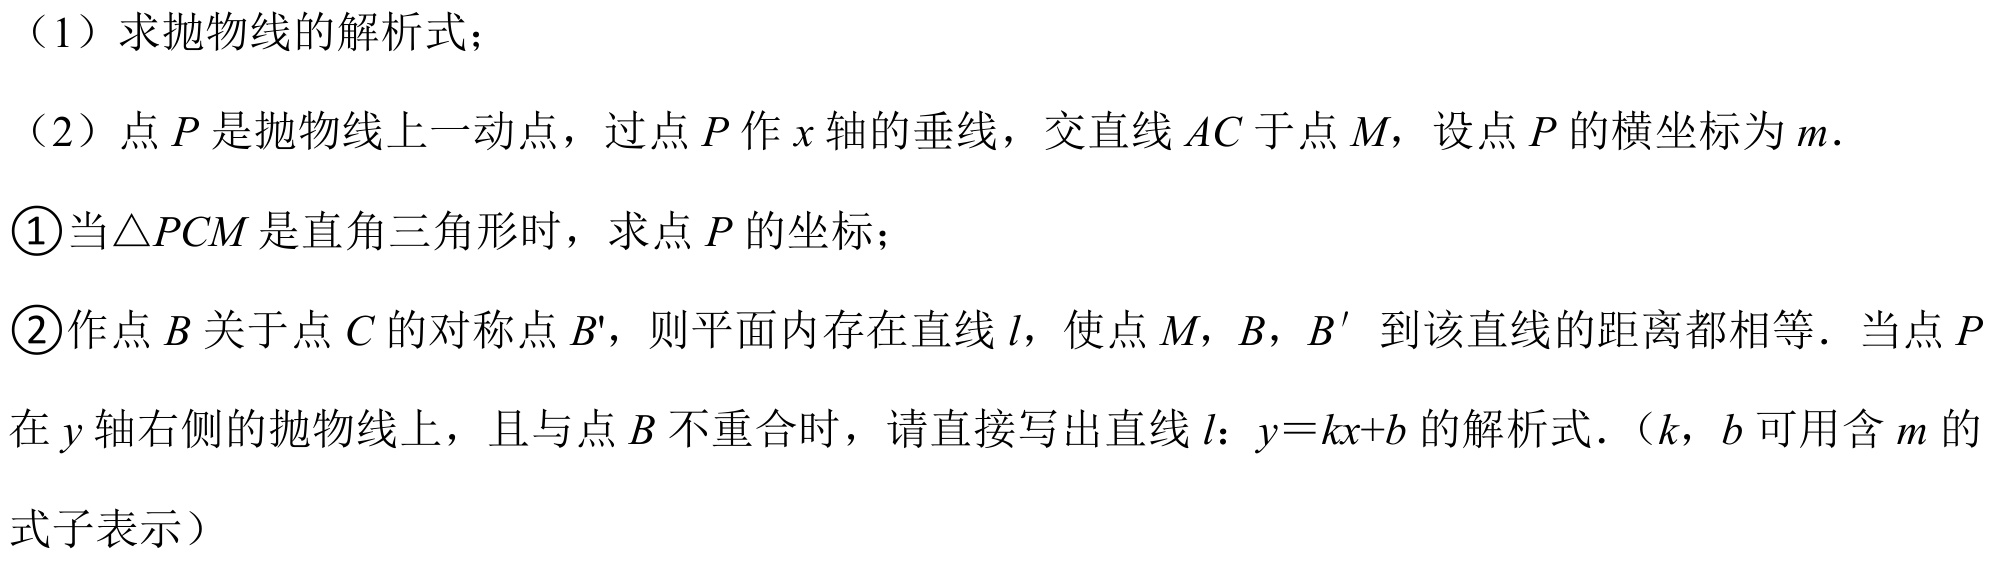
（1）求抛物线的解析式；
（2）点\(P\)是抛物线上一动点，过点\(P\)作\(x\)轴的垂线，交直线\(AC\)于点\(M\)，设点\(P\)的横坐标为\(m\).
\textcircled{1}当\(\triangle PCM\)是直角三角形时，求点\(P\)的坐标；
\textcircled{2}作点\(B\)关于点\(C\)的对称点\(B'\)，则平面内存在直线\(l\)，使点\(M,B,B'\)到该直线的距离都相等．当点\(P\)在\(y\)轴右侧的抛物线上，且与点\(B\)不重合时，请直接写出直线\(l\)：\(y = kx + b\)的解析式.（\(k,b\)可用含\(m\)的式子表示）